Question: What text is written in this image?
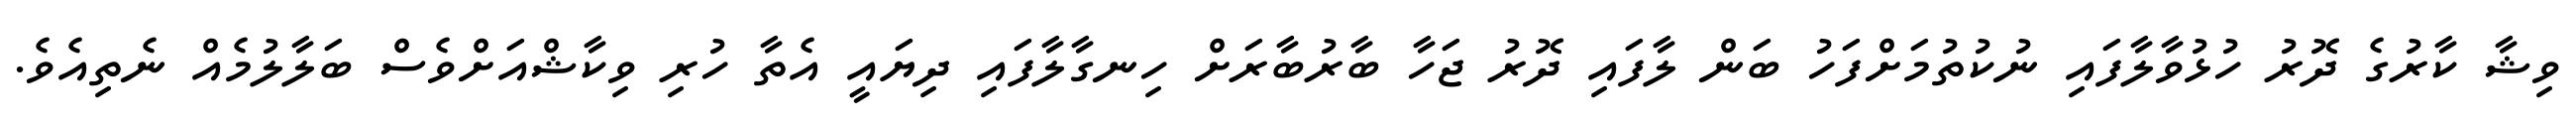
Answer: ވިޝާ ކާރުގެ ދޮރު ހުޅުވާލާފައި ނުކުތުމަށްފަހު ބަން ލާފައި ދޮރު ޖަހާ ބާރުބާރަށް ހިނގާލާފައި ދިޔައީ އެތާ ހުރި ވިކާޝްއަށްވެސް ބަލާލުމެއް ނެތިއެވެ.